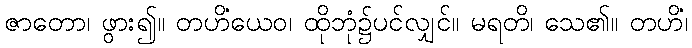
ဇာတော၊ ဖွား၍။ တဟိံယေဝ၊ ထိုဘုံ၌ပင်လျှင်။ မရတိ၊ သေ၏။ တဟိံ၊